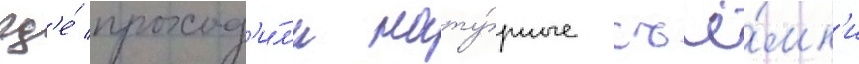
гд'е́ проход'и́л'и нату́рные съё́мк'и